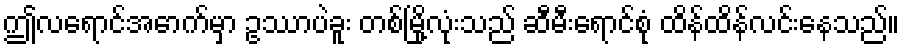
ဤလရောင်အောက်မှာ ဥဿာပဲခူး တစ်မြို့လုံးသည် ဆီမီးရောင်စုံ ထိန်ထိန်လင်းနေသည်။